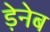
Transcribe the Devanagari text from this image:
ड़ेनेब